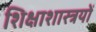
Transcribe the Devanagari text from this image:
शिक्षाशास्त्रयों